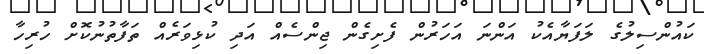
ކައުންސިލުގެ ލަފަޔާއެކު އަންނަ އަހަރުން ފެށިގެން ޖިންސެއް އަދި ކުޅިވަރެއް ތަފާތުނުކޮށް ހުރިހާ